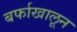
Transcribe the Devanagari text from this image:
बर्फाखालून